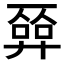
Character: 𢍦